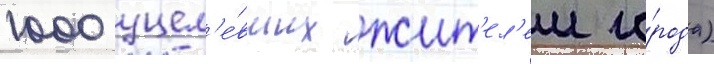
1000 уцел'е́вших жит'ел'еи го́рода)